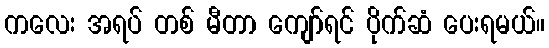
ကလေး အရပ် တစ် မီတာ ကျော်ရင် ပိုက်ဆံ ပေးရမယ်။